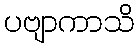
ပဗျာကာသိ